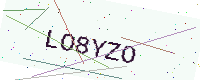
Text: LO8YZO